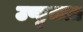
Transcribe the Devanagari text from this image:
उण्डुलता